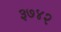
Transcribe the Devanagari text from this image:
३७४२